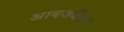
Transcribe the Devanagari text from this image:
आबजर्वेशंस